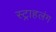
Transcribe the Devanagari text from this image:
स्‍ट्राहलंग